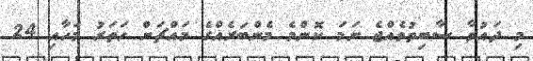
މި ދައުވާ ސާބިތުވެއްޖެ ނަމަ ކޮންމެ މެންބަރެއްގެ މައްޗަށް ހަތަރު މަހާއި 24